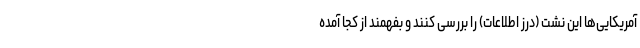
آمریکایی‌ها این نشت (درز اطلاعات) را بررسی کنند و بفهمند از کجا آمده